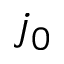
j _ { 0 }